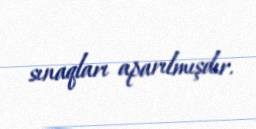
sınaqları aparılmışdır.